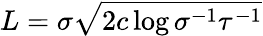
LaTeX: L=\sigma\sqrt{2c\log{\sigma^{-1}\tau^{-1}}}